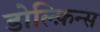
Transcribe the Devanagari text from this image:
डोल्फ़िन्स